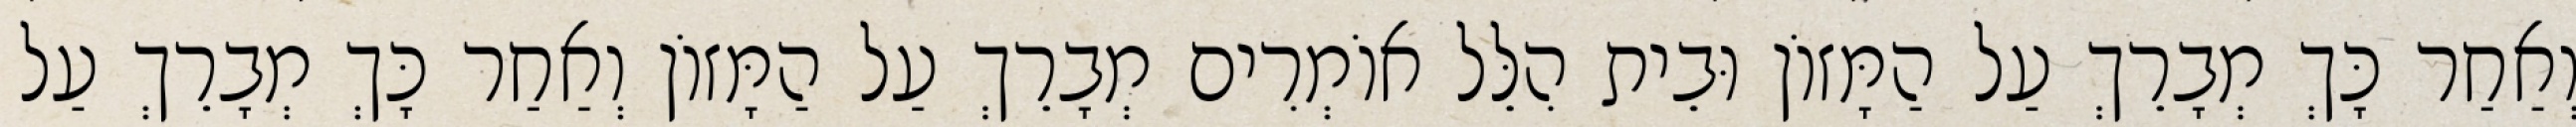
וְאַחַר כָּךְ מְבָרֵךְ עַל הַמָּזוֹן וּבֵית הִלֵּל אוֹמְרִים מְבָרֵךְ עַל הַמָּזוֹן וְאַחַר כָּךְ מְבָרֵךְ עַל